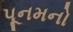
પૂનમનો